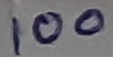
Text: 100